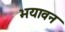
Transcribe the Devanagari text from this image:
भयावन